Annual report of the Punjab Veterinary College and of the Civil Veterinary Department, Punjab - 1920-1925
Year: 1920
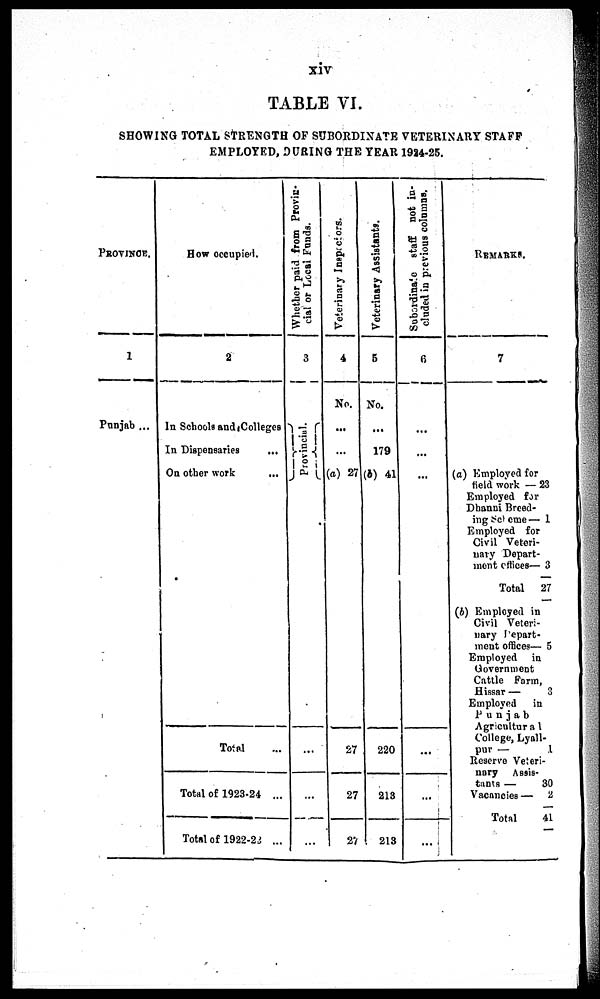
xiv
TABLE VI.
SHOWING TOTAL STRENGTH OF SUBORDINATE VETERINARY STAFF
EMPLOYED, DURING THE YEAR 1924-25.
Province.
1
Punjab ...
How occupied.
2
In Schools and Colleges
In Dispensaries
...
On other work
...
Total ...
Total of 1923-24 ...
Total of 1922-23 ...
Whether paid from Provin-
cial
or
Local
Funds.
3
Provincial.
...
...
Veterinary Inspectors.
4
No.
...
...
(a) 27
27
27
27
Veterinary Assistants.
5
No.
...
179
(b) 41
220
213
213
Subordinate staff not in-
cluded in previous columns.
6
...
...
...
...
...
...
REMARKS.
7
(a) Employed for
field work — 23
Employed for
Dhanni Breed-
ing Scheme — 1
Employed for
Civil Veteri-
nary Depart-
ment offices— 3
Total
27
(6) Employed in
Civil Veteri-
nary Depart-
ment offices— 5
Employed in
Government
Cattle Farm,
Hissar —
3
Employed
in
Punjab
Agricultural
College, Lyall-
pur —
1
Reserve Veteri-
nary Assis-
tants —
30
Vacancies — 2
Total
41